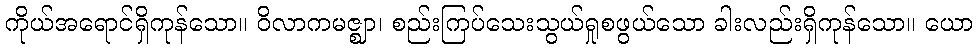
ကိုယ်အရောင်ရှိကုန်သော။ ဝိလာကမဇ္ဈာ၊ စည်းကြပ်သေးသွယ်ရှုစဖွယ်သော ခါးလည်းရှိကုန်သော။ ယော